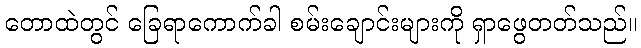
တောထဲတွင် ခြေရာကောက်ခါ စမ်းချောင်းများကို ရှာဖွေတတ်သည်။